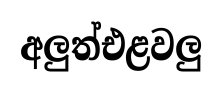
අලුත්එළවලු